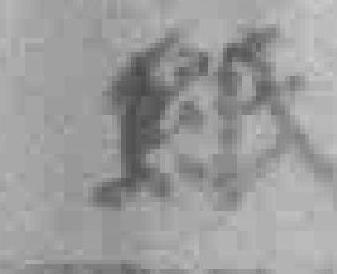
紙